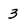
Character: 3